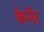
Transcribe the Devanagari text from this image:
केर्नेर